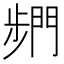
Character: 𮤓